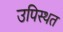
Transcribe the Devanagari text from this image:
उपिस्थत